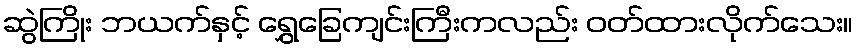
ဆွဲကြိုး ဘယက်နှင့် ရွှေခြေကျင်းကြီးကလည်း ဝတ်ထားလိုက်သေး။